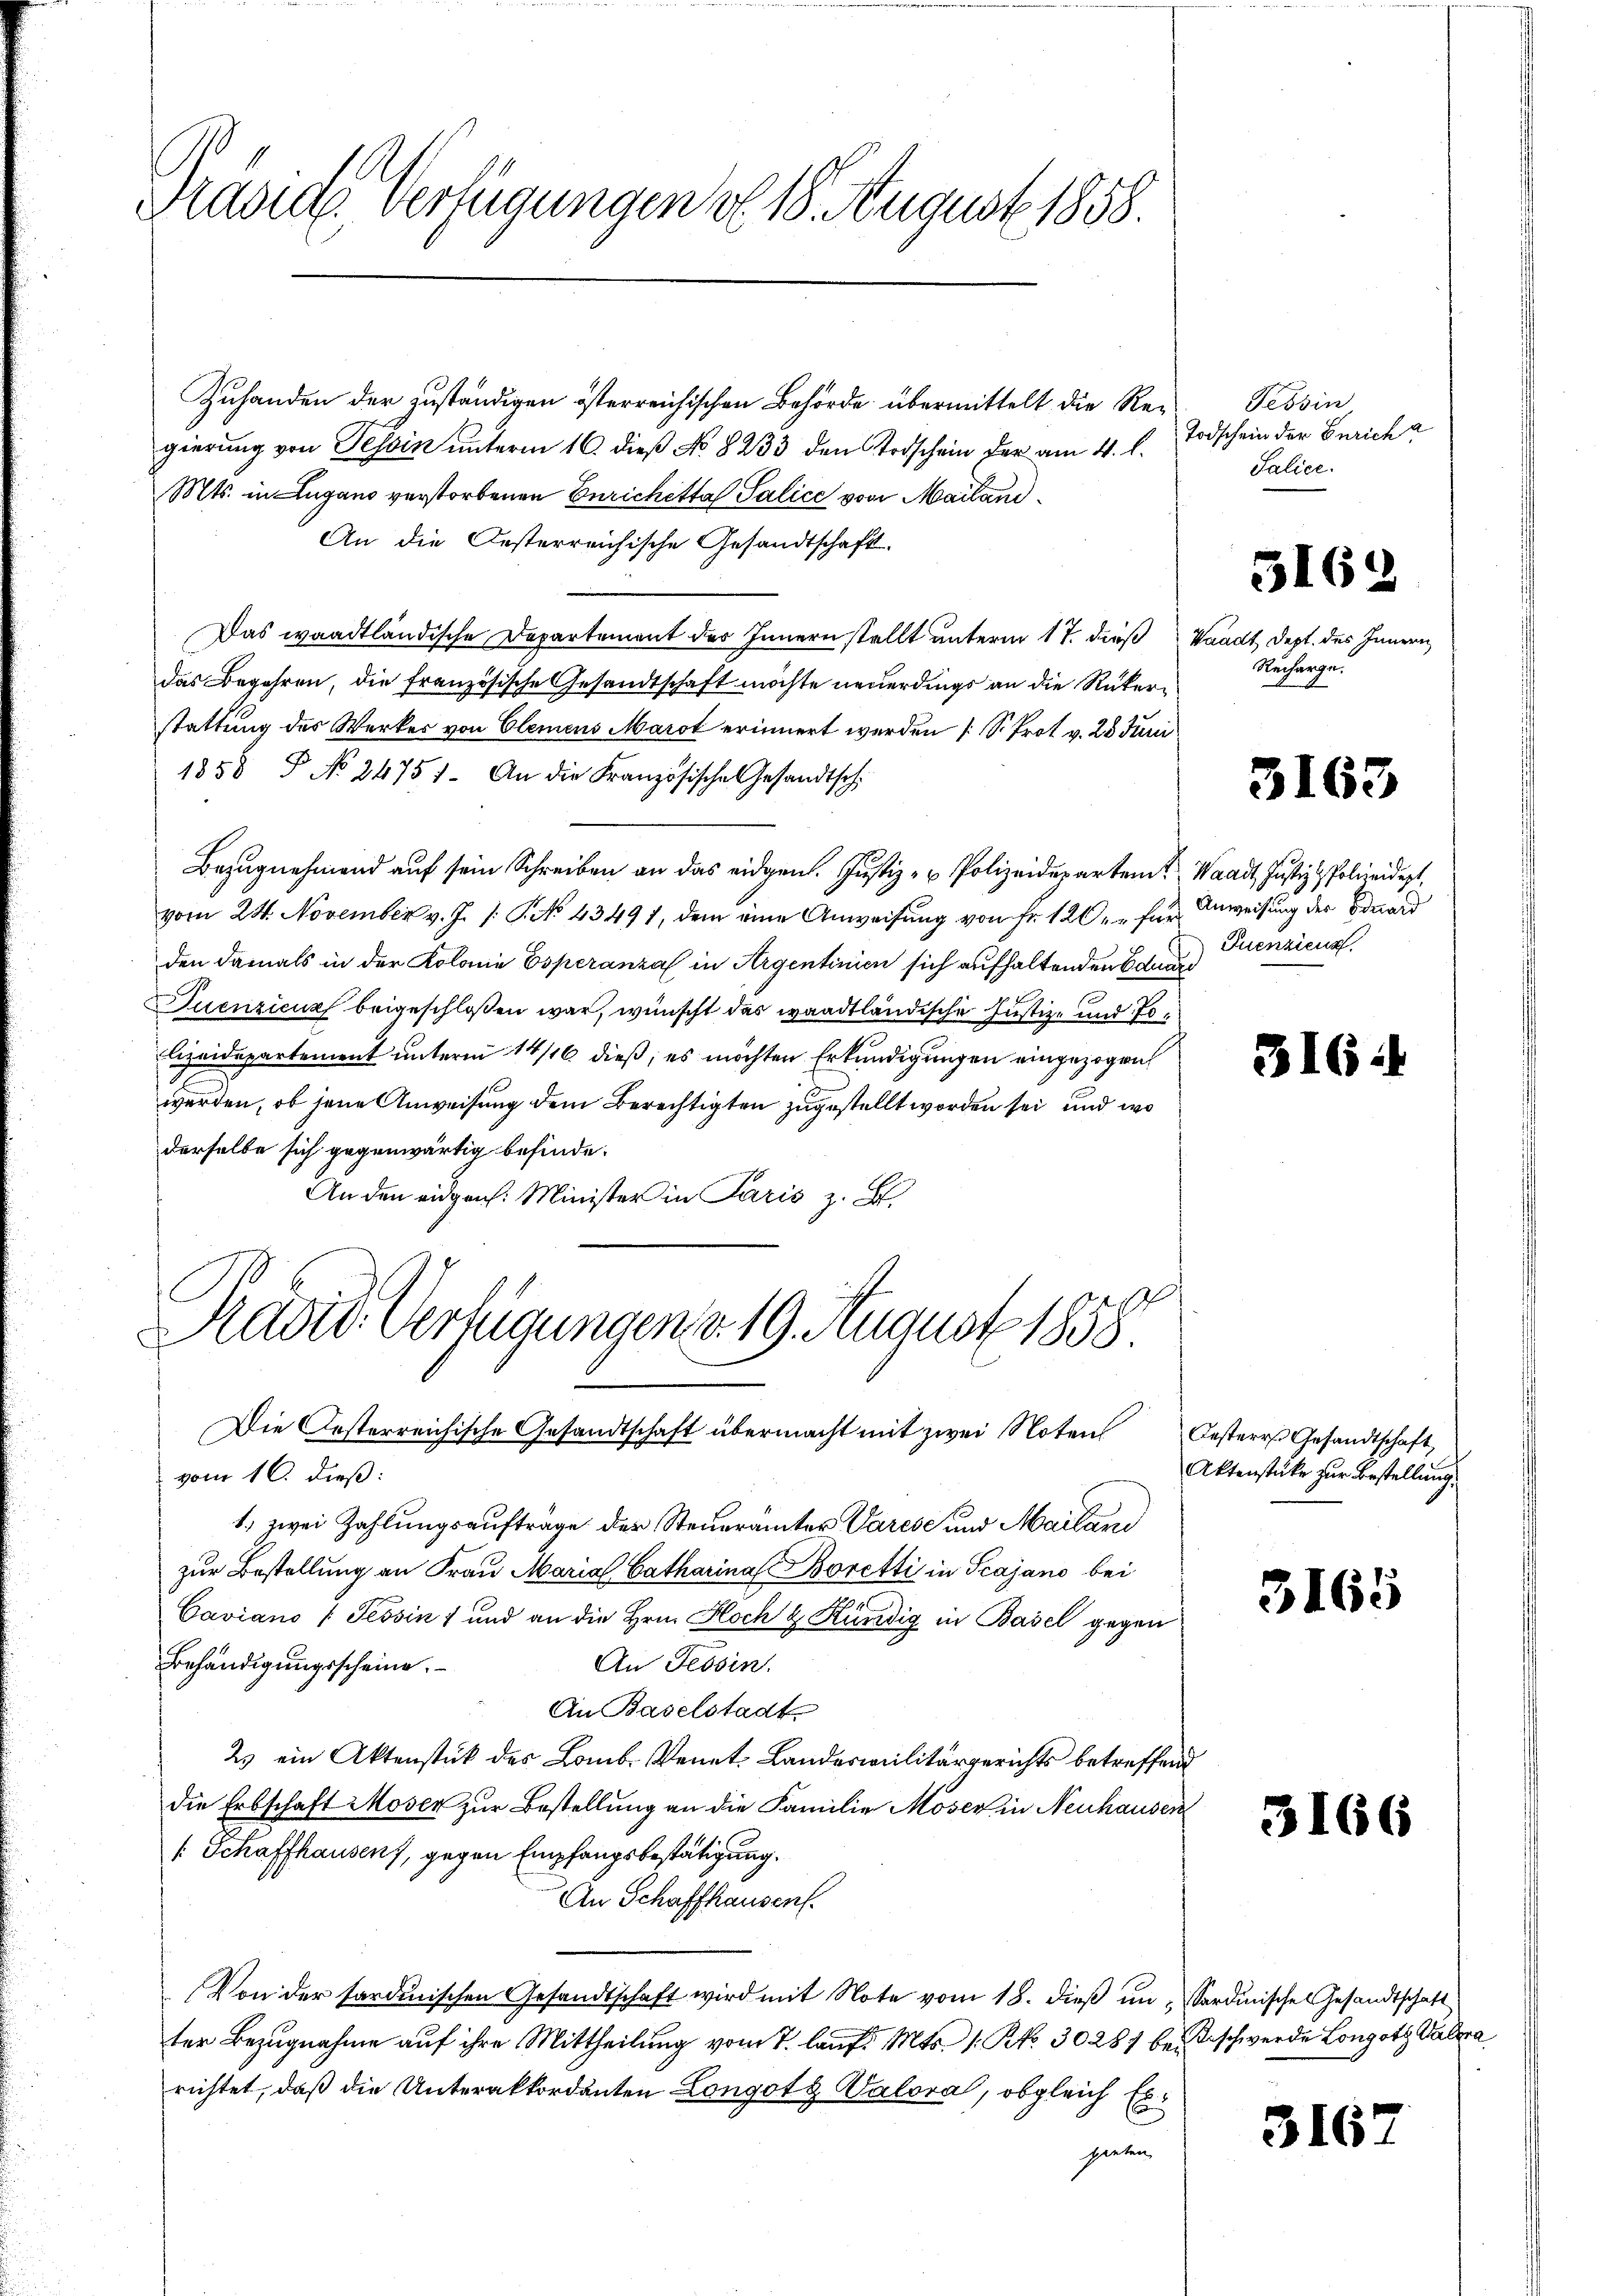
Präside Verfügungen ob. 18. August 1858.

Zuhanden der zuständigen österreichischen Behörde übermittelt die Regierung von Tessin unterm 16. dieß No 8233 den Todschein der am 4. l.
Mts. in Lugano verstorbenen Enrichetta Salice von Mailand¬
An die Oesterreichische Gesandtschaft.
Das waadtländische Departement des Innern stellt unterm 17. dieß Waadt, dept. des Innern
das Begehren, die französische Gesandtschaft möchte neuerdings an die Rükerstattung des Werker von Clemens Marot erinnert werden (S. Prot v. 28 Junii
1858 P No 24751. An die Französische Gesandtschi
Bezugnehmend auf sein Schreiben an das eidgen. Justiz- u Polizeidepartent Waadt, Justiz & Polizeidigt,
vom 24. November v. J. /: P. No 43491, dem eine Anweisung von fr. 120 für Anweisung der Bduard
den damals in der Kolonie Esperanzal in Argentinien sich aufhaltenden Bauun
Juenzicus beigeschloßen war, wünscht das waadtländische Justiz- und Jo¬
Eizeidepartement unterm 14/16 dieß, es möchten Erkundigungen eingezogen
werden, ob jene Anweisung dem Berechtigten zugestellt worden sei und wo
derselbe sich gegenwärtig befinde.
An den eidgen. Minister in Paris z. B.
Radid. Verfügungen d. 19. August 1858
Die Oesterreichische Gesandtschaft übermacht mit zwei Noten Oester Gesandtschaft,
vom 10. dieß:
1. zwei Zahlungsaufträge der Steuerämter Varese und Mailand
zur Bestellung an Frau Maria Catharina Boretti in Scajano bei
Caviano (Tessin, und an die Hrn. Hoch & Kündig in Basel gegen
An Tessin.
Behändigungsscheine.
An Baselstadt
2s ein Aktenstück des Lomb. Venet. Landesmilitärgerichts betreffend
die Erbschaft Moser zur Bestellung an die Familie Moser in Neuhausen
[Schaffhausen), gegen Empfangsbestätigung.
An Schaffhausen.
Von der tardinischen Gesandtschaft wird mit Note vom 18. dieß in „Sardinisches Gesandtschaft
ter Bezugnahme auf ihre Mittheilung vom 7. lauf. Mts. 1. No. 3028 bei Beschwerde Longott Palera
richtet, daß die Unterakkordanten Longotz alora, obgleich Erganten,

Tessin
Todschein der Zürich a
Salice.

5162

Recharge.

3163

Puenziens

316

a

Aktenstücke zur Bestellung.

3165

3166

3167